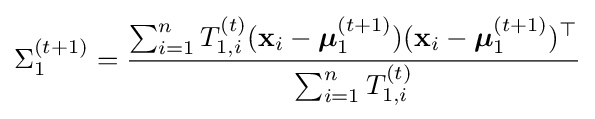
\Sigma _{1}^{(t+1)}={\frac {\sum _{i=1}^{n}T_{1,i}^{(t)}(\mathbf {x} _{i}-{\boldsymbol {\mu }}_{1}^{(t+1)})(\mathbf {x} _{i}-{\boldsymbol {\mu }}_{1}^{(t+1)})^{\top }}{\sum _{i=1}^{n}T_{1,i}^{(t)}}}